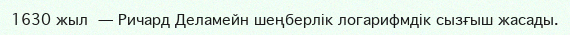
1630 жыл — Ричард Деламейн шеңберлік логарифмдік сызғыш жасады.